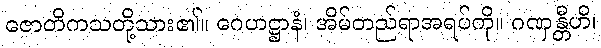
ဇောတိကသတို့သား၏။ ဂေဟဋ္ဌာနံ၊ အိမ်တည်ရာအရပ်ကို။ ဂဏှန္တီဟိ၊